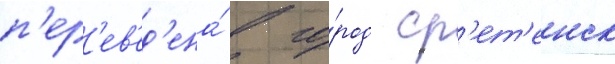
п'ер'ев'ед'ена́ в го́род ср'ет'енск